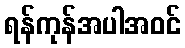
ရန်ကုန်အပါအဝင်